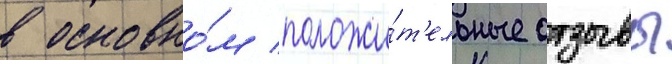
в основно́м положи́т'ельные отзывы